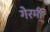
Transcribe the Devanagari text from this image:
गेरमी